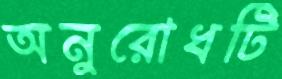
অনুরোধটি